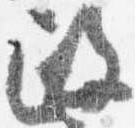
政